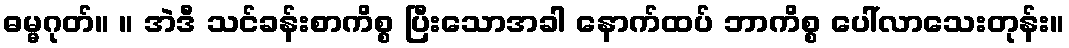
ဓမ္မဂုတ်။ ။ အဲဒီ သင်ခန်းစာကိစ္စ ပြီးသောအခါ နောက်ထပ် ဘာကိစ္စ ပေါ်လာသေးတုန်း။